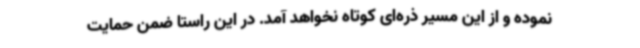
نموده و از این مسیر ذره‌ای کوتاه نخواهد آمد. در این راستا ضمن حمایت